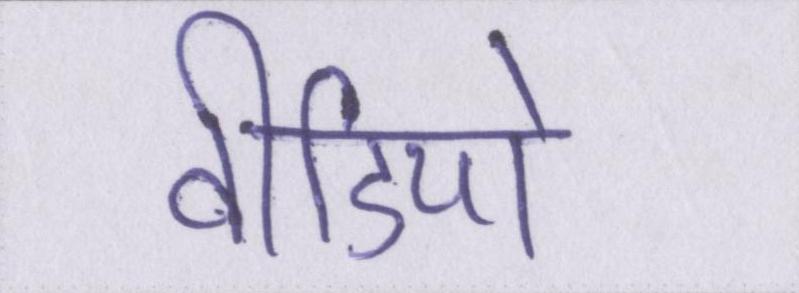
वीडियो